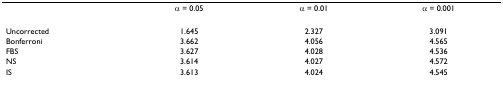
<table><thead><tr><td></td><td><b>α = 0.05</b></td><td><b>α = 0.01</b></td><td><b>α = 0.001</b></td></tr></thead><tbody><tr><td>Uncorrected</td><td>1.645</td><td>2.327</td><td>3.091</td></tr><tr><td>Bonferroni</td><td>3.662</td><td>4.056</td><td>4.565</td></tr><tr><td>FBS</td><td>3.627</td><td>4.028</td><td>4.536</td></tr><tr><td>NS</td><td>3.614</td><td>4.027</td><td>4.572</td></tr><tr><td>IS</td><td>3.613</td><td>4.024</td><td>4.545</td></tr></tbody></table>